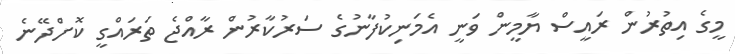
މީގެ އިތުރުން ރައީސް ޔާމީން ވަނީ އެމަނިކުފާނުގެ ސަރުކާރުން ރާއްޖެ ތަރައްގީ ކޮށްދޭނެ